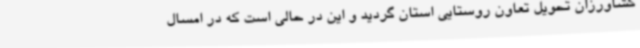
کشاورزان تحویل تعاون روستایی استان گردید و این در حالی است که در امسال